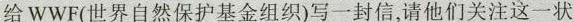
给WWF(世界自然保护基金组织)写一封信，请他们关注这一状